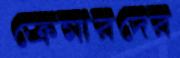
ক্রেমারদের